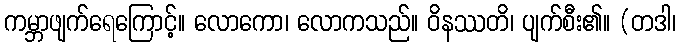
ကမ္ဘာဖျက်ရေကြောင့်။ လောကော၊ လောကသည်။ ဝိနဿတိ၊ ပျက်စီး၏။ (တဒါ၊